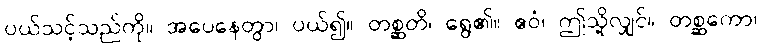
ပယ်သင့်သည်ကို။ အပေနေတွာ၊ ပယ်၍။ တစ္ဆတိ၊ ရွေ၏။ ဧဝံ၊ ဤသို့လျှင်။ တစ္ဆကော၊